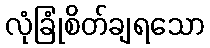
လုံခြုံစိတ်ချရသော